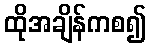
ထိုအချိန်ကစ၍